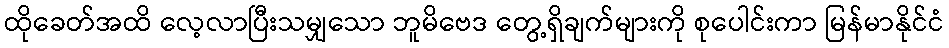
ထိုခေတ်အထိ လေ့လာပြီးသမျှသော ဘူမိဗေဒ တွေ့ရှိချက်များကို စုပေါင်းကာ မြန်မာနိုင်ငံ